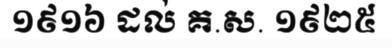
១៩១៦ ដល់ គ.ស. ១៩២៥